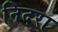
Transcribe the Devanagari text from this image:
निदरा